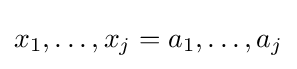
x_{1},\ldots ,x_{j}=a_{1},\ldots ,a_{j}